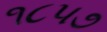
૧૮પ૭